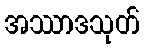
အဿာဒသုတ်